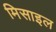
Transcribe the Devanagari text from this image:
मिसाइल